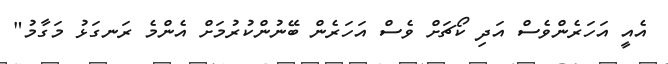
އެއީ އަހަރެންވެސް އަދި ކޯޗަށް ވެސް އަހަރެން ބޭނުންކުރުމަށް އެންމެ ރަނގަޅު މަގާމު"